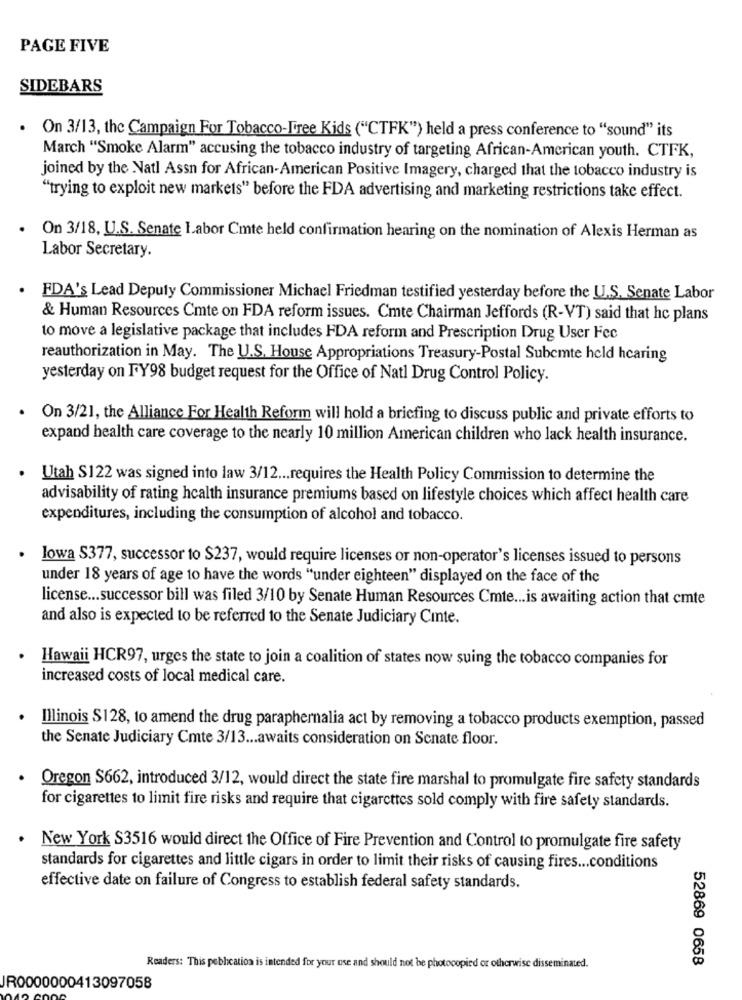
PAGE FIVE
SIDEBARS
. On 3/13, the Campaign For Tobacco-Free Kids ("CTFK") held a press conference to "sound" its
March "Smoke Alarm" accusing the tobacco industry of targeting African-American youth. CTFK,
joined by the Natl Assn for African-American Positive Imagery, charged that the tobacco industry is
"trying to exploit new markets" before the FDA advertising and marketing restrictions take effect.
On 3/18, U.S. Senate Labor Cmte held confirmation hearing on the nomination of Alexis Herman as
Labor Secretary.
.
FDA's Lead Deputy Commissioner Michael Friedman testified yesterday before the U.S. Senate Labor
& Human Resources Cmte on FDA reform issues. Cmte Chairman Jeffords (R-VT) said that hc plans
to move a legislative package that includes FDA reform and Prescription Drug User Fec
reauthorization in May. The U.S. House Appropriations Treasury-Postal Subemte held hcaring
yesterday on FY98 budget request for the Office of Natl Drug Control Policy.
.
On 3/21, the Alliance For Health Reform will hold a briefing to discuss public and private efforts to
expand health care coverage to the nearly 10 million American children who lack health insurance.
Utah S122 was signed into law 3/12 ... requires the Health Policy Commission to determine the
advisability of rating health insurance premiums based on lifestyle choices which affect health care
expenditures, including the consumption of alcohol and tobacco.
lowa S377, successor to $237, would require licenses or non-operator's licenses issued to persons
under 18 years of age to have the words "under eighteen" displayed on the face of the
license ... successor bill was filed 3/10 by Senate Human Resources Cmte ... is awaiting action that cmte
and also is expected to be referred to the Senate Judiciary Cinte.
Hawaii HCR97, urges the state to join a coalition of states now suing the tobacco companies for
increased costs of local medical care.
Illinois S128, to amend the drug paraphernalia act by removing a tobacco products exemption, passed
the Senate Judiciary Cmte 3/13 ... awaits consideration on Senate floor.
Oregon $662, introduced 3/12, would direct the state fire marshal to promulgate fire safety standards
for cigarettes to limit fire risks and require that cigarettes sold comply with fire safety standards.
New York S3516 would direct the Office of Fire Prevention and Control to promulgate fire safety
standards for cigarettes and little cigars in order to limit their risks of causing fires ... conditions
effective date on failure of Congress to establish federal safety standards.
52869 0658
Readers: This publication is intended for your use and should not be photocopied or otherwise disseminated.
JR0000000413097058